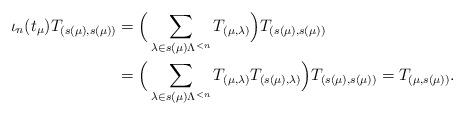
LaTeX: \begin{align*}\iota_{n} (t_{\mu}) T_{(s(\mu), s(\mu))} &= \Big(\sum_{\lambda \in s(\mu) \Lambda^{<n}} T_{(\mu, \lambda)} \Big) T_{(s(\mu), s(\mu))}\\ &= \Big(\sum_{\lambda \in s(\mu) \Lambda^{<n}} T_{(\mu, \lambda)} T_{(s(\mu), \lambda)} \Big) T_{(s(\mu), s(\mu))}= T_{(\mu, s(\mu))}.\end{align*}